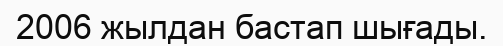
2006 жылдан бастап шығады.